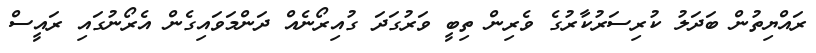
ރައްޔިތުން ބަދަލު ކުރިސަރުކާރުގެ ވެރިން ތިބީ ވަރުގަދަ ގުއިރޯނެއް ދަންމަވައިގެން އެރޯނުގައި ރައީސް